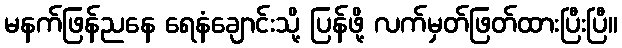
မနက်ဖြန်ညနေ ရေနံချောင်းသို့ ပြန်ဖို့ လက်မှတ်ဖြတ်ထားပြီးပြီ။